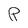
Character: p